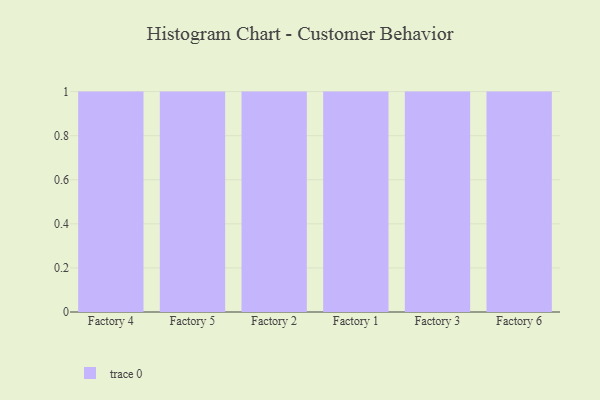
{"axis": {"x": "Factory", "y": "Customer Acquisition Cost (USD)"}, "legend": [""], "data": [{"x": "Factory 4", "y": 51, "type": ""}, {"x": "Factory 5", "y": 67, "type": ""}, {"x": "Factory 2", "y": 45, "type": ""}, {"x": "Factory 1", "y": 12, "type": ""}, {"x": "Factory 3", "y": 95, "type": ""}, {"x": "Factory 6", "y": 22, "type": ""}]}